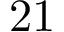
2 1